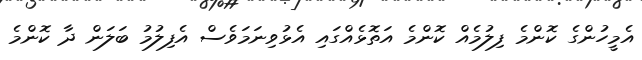
އެމީހުންގެ ކޮންމެ ފިލުމެއް ކޮންމެ އަތޮޅެއްގައި އެޅުވިނަމަވެސް އެފިލުމު ބަލަން ދާ ކޮންމެ